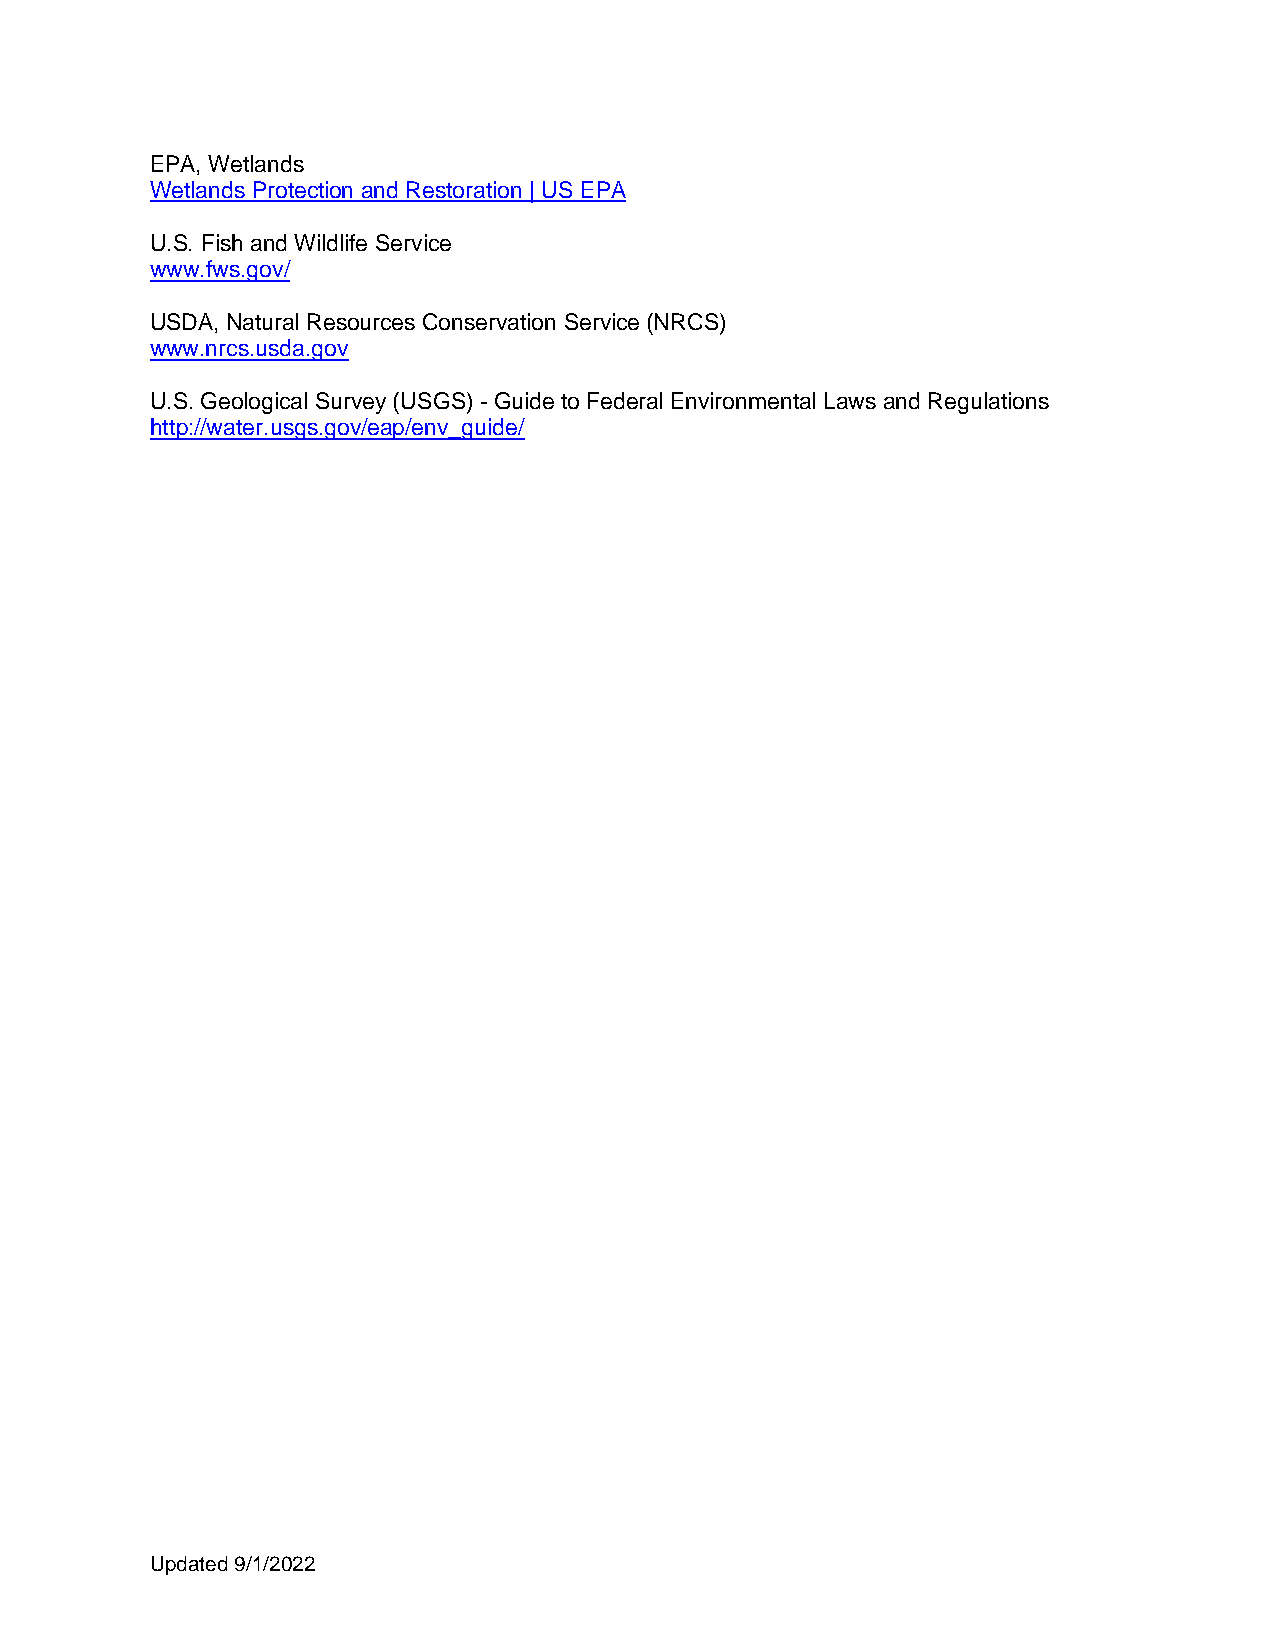
EPA, Wetlands
 Wetlands Protection and Restoration | US EPA
 U.S. Fish and Wildlife Service
 www.fws.gov/
 USDA, Natural Resources Conservation Service (NRCS)
 www.nrcs.usda.gov
 U.S. Geological Survey (USGS) - Guide to Federal Environmental Laws and Regulations
 http://water.usgs.gov/eap/env_guide/
 Updated 9/1/2022